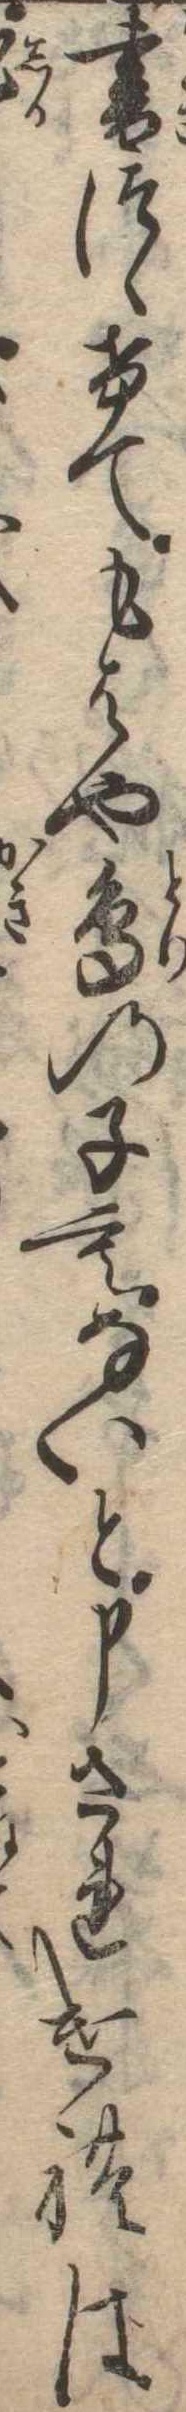
書つゝけてもはや鳥の子もないと申されければ